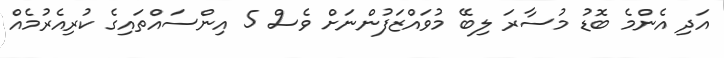
އަދި އެންމެ ބޮޑު މުސާރަ ލިބޭ މުވައްޒަފުންނަށް ވެސް 5 އިންސައްތައިގެ ކުރިއެރުމެއް